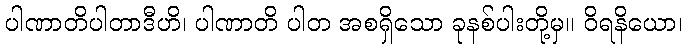
ပါဏာတိပါတာဒီဟိ၊ ပါဏာတိ ပါတ အစရှိသော ခုနစ်ပါးတို့မှ။ ဝိရနိယော၊